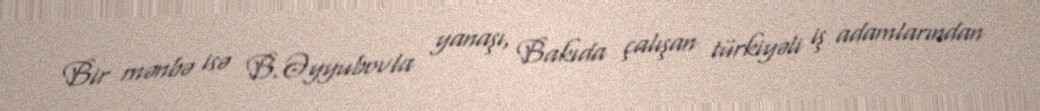
Bir mənbə isə B.Əyyubovla yanaşı, Bakıda çalışan türkiyəli iş adamlarından